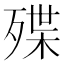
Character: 殜